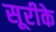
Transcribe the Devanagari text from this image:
सूरीके